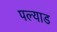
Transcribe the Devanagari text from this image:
पल्याड